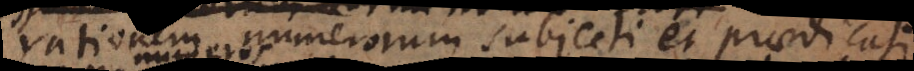
rationem numerorum subjecti et praedicati